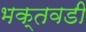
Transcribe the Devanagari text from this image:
भक्तवडी